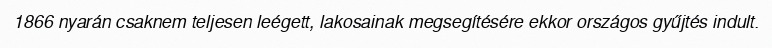
1866 nyarán csaknem teljesen leégett, lakosainak megsegítésére ekkor országos gyűjtés indult.